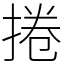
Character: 捲